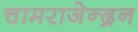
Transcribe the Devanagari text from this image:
चामराजेन्द्रन